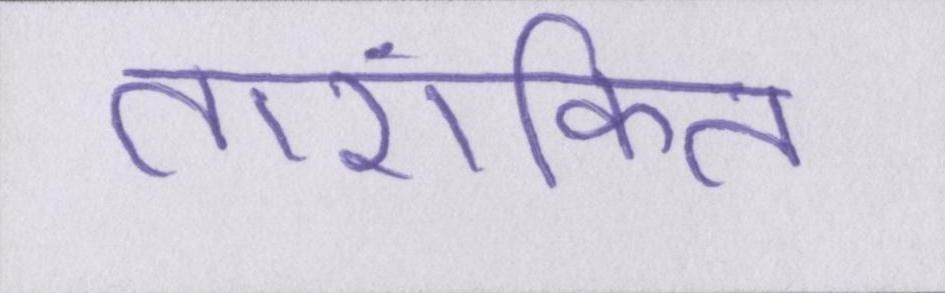
तारांकित